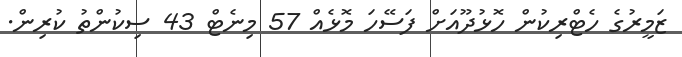
ޒަމީރުގެ ހެޓްރިކުން ހޮޅުދޫއަށް ފަސޭހަ މޮޅެއް 57 މިނެޓް 43 ސިކުންތު ކުރިން.